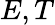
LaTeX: E,T